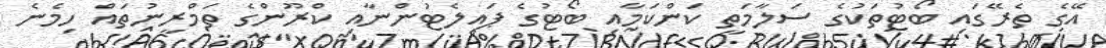
އޭގެ ތެރޭގައި ބޯޓުތަކުގެ ސަލާމަތީ ކަންކަމާއި ބޯޓުގެ ޕައިލެޓުންނާއި ކްރޫންގެ ތަމްރީނުތައް ހިމެނެ